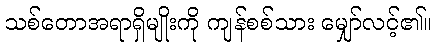
သစ်တောအရာရှိမျိုးကို ကျန်စစ်သား မျှော်လင့်၏။